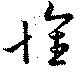
懐